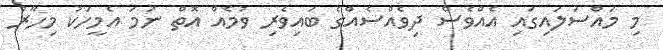
މި މައްސަލައިގައި އެއްވެސް ދިވެއްސެއްގެ ބައިވެރި ވުމެއް އޮތް ނަމަ އެމީހަކު މިހާރު